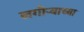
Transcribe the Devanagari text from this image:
लगोर्‍याच्या